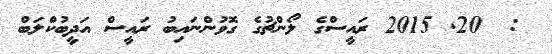
:  20